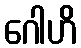
ဂေါဟိ